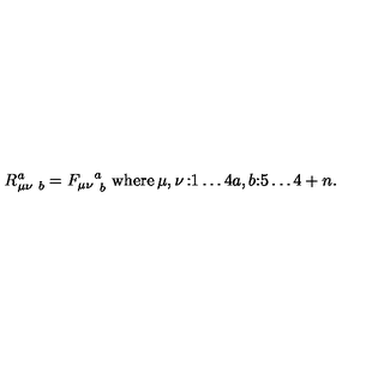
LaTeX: R _ { \mu \nu \ b } ^ { a } = { F _ { \mu \nu } } _ { \ b } ^ { a } \ \mathrm { { w h e r e } } \begin{matrix} { \mu , \nu } & { : } & { 1 \ldots 4 } \\ { a , b } & { : } & { 5 \ldots 4 + n } \\ \end{matrix} .